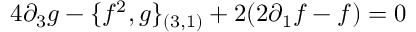
4 \partial _ { 3 } g - \{ f ^ { 2 } , g \} _ { ( 3 , 1 ) } + 2 ( 2 \partial _ { 1 } f - f ) = 0